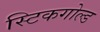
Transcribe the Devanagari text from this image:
स्टिकगोल्ड